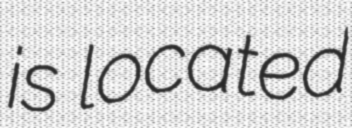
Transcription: is located